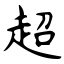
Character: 超